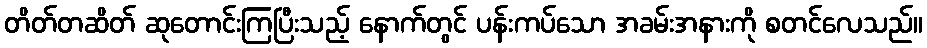
တိတ်တဆိတ် ဆုတောင်းကြပြီးသည့် နောက်တွင် ပန်းကပ်သော အခမ်းအနားကို စတင်လေသည်။